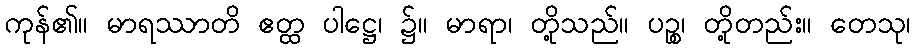
ကုန်၏။ မာရဿာတိ ဧတ္ထ ပါဋ္ဌေ၊ ၌။ မာရာ၊ တို့သည်။ ပဉ္စ၊ တို့တည်း။ တေသု၊